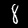
Digit: 8